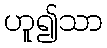
ဟူ၍သာ